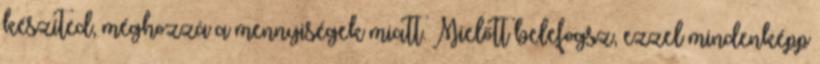
készíted, méghozzá a mennyiségek miatt. Mielőtt belefogsz, ezzel mindenképp